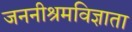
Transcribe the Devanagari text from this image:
जननीश्रमविज्ञाता